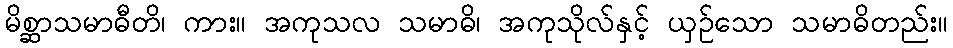
မိစ္ဆာသမာဓီတိ၊ ကား။ အကုသလ သမာဓိ၊ အကုသိုလ်နှင့် ယှဉ်သော သမာဓိတည်း။